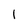
Character: 1